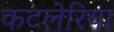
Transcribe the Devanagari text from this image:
कटलेरिया